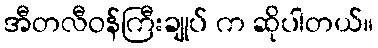
အီတလီဝန်ကြီးချုပ် က ဆိုပါတယ်။